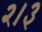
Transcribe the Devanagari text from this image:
२।३